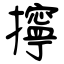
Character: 擰